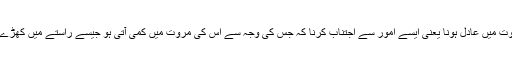
دین میں عادل ہونا یعنی کسی شخص میں اسباب فسق نہ پائے جاتے ہوں؛ مروت میں عادل ہونا یعنی ایسے امور سے اجتناب کرنا کہ جس کی وجہ سے اس کی مروت میں کمی آتی ہو جیسے راستے میں کھڑے ہو کر کھانا .... احکام میں عادل ہونا یعنی کسی شخص کا بالغ اور عاقل ہونا۔